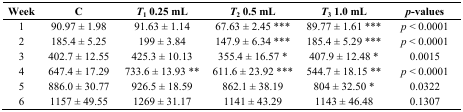
<table><thead><tr><td><b>Week</b></td><td><b>C</b></td><td><b><i>T</i><sub>1</sub> 0.25 mL</b></td><td><b><i>T</i><sub>2</sub> 0.5 mL</b></td><td><b><i>T</i><sub>3</sub> 1.0 mL</b></td><td><b><i>p</i>-values</b></td></tr></thead><tbody><tr><td>1</td><td>90.97 ± 1.98</td><td>91.63 ± 1.14</td><td>67.63 ± 2.45 ***</td><td>89.77 ± 1.61 ***</td><td><i>p</i> &lt; 0.0001</td></tr><tr><td>2</td><td>185.4 ± 5.25</td><td>199 ± 3.84</td><td>147.9 ± 6.34 ***</td><td>185.4 ± 5.29 ***</td><td><i>p</i> &lt; 0.0001</td></tr><tr><td>3</td><td>402.7 ± 12.55</td><td>425.3 ± 10.13</td><td>355.4 ± 16.57 *</td><td>407.9 ± 12.48 *</td><td>0.0015</td></tr><tr><td>4</td><td>647.4 ± 17.29</td><td>733.6 ± 13.93 **</td><td>611.6 ± 23.92 ***</td><td>544.7 ± 18.15 **</td><td><i>p</i> &lt; 0.0001</td></tr><tr><td>5</td><td>886.0 ± 30.77</td><td>926.5 ± 18.59</td><td>862.1 ± 38.19</td><td>804 ± 32.50 *</td><td>0.0322</td></tr><tr><td>6</td><td>1157 ± 49.55</td><td>1269 ± 31.17</td><td>1141 ± 43.29</td><td>1143 ± 46.48</td><td>0.1307</td></tr></tbody></table>